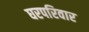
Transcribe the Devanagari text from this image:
घरपरिवार